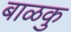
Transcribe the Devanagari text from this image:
बाळकु